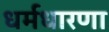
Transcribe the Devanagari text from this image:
धर्मधारणा